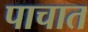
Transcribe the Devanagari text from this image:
पाचात